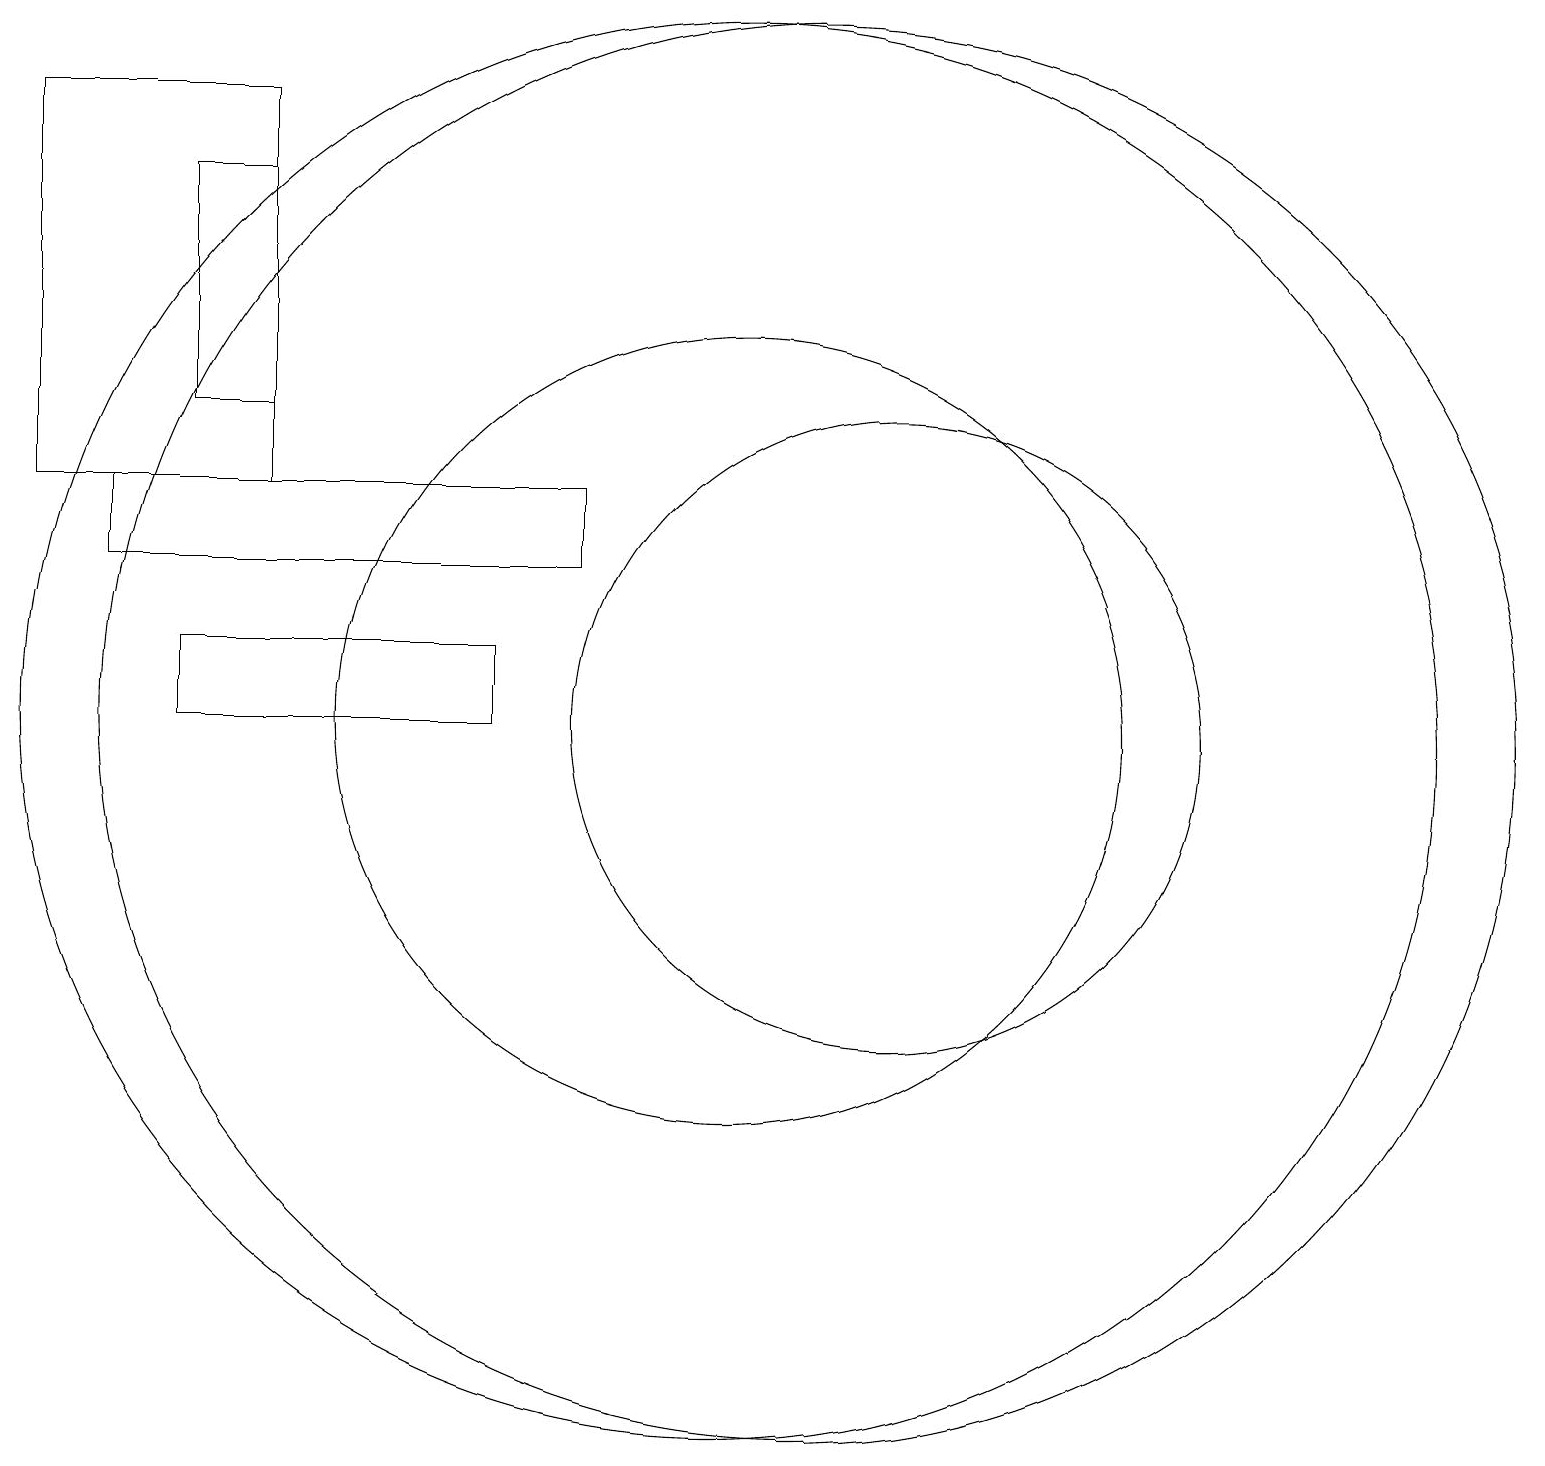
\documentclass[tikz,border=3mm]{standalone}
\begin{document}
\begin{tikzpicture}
\draw (4,14) rectangle (3,17);
\draw (3,11) rectangle (7,10);
\draw (12,10) circle (4);
\draw (10,10) circle (9);
\draw (11,10) circle (9);
\draw (2,12) rectangle (8,13);
\draw (4,13) rectangle (1,18);
\draw (10,10) circle (5);
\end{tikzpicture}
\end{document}